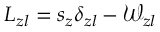
L _ { z l } = s _ { z } \delta _ { z l } - \mathcal { W } _ { z l }